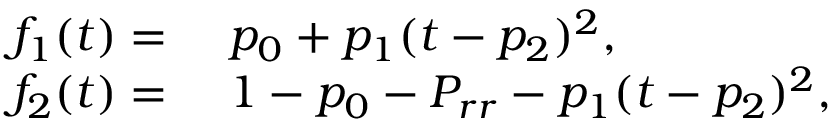
\begin{array} { r l } { f _ { 1 } ( t ) = \ } & { { } p _ { 0 } + p _ { 1 } ( t - p _ { 2 } ) ^ { 2 } , } \\ { f _ { 2 } ( t ) = \ } & { { } 1 - p _ { 0 } - P _ { r r } - p _ { 1 } ( t - p _ { 2 } ) ^ { 2 } , } \end{array}